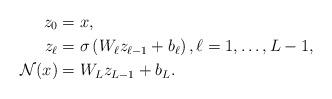
LaTeX: \begin{align*}z_{0}&= x,\\z_{\ell}&=\sigma \left (W_{\ell} z_{\ell-1} + b_{\ell} \right ), \ell=1,\ldots, L-1, \\\mathcal{N}(x)&= W_{L} z_{L-1} + b_{L}. \end{align*}